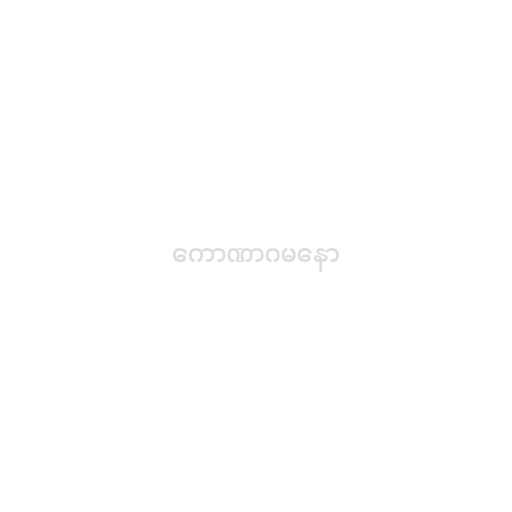
ကောဏာဂမနော